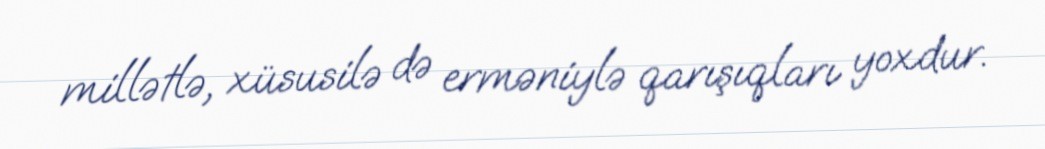
millətlə, xüsusilə də erməniylə qarışıqları yoxdur.